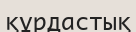
құрдастық